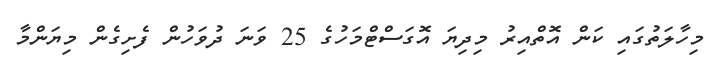
މިހާލަތުގައި ކަން އޮތްއިރު މިދިޔަ އޮގަސްޓްމަހުގެ 25 ވަނަ ދުވަހުން ފެށިގެން މިޔަންމާ